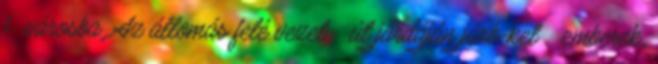
fıvárosba. Az állomás felé vezetı út járdáján járó-kelı emberek,